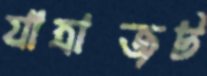
যাত্রাজট